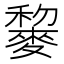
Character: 䴻